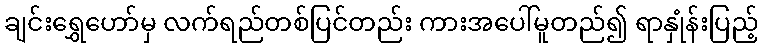
ချင်းရွှေဟော်မှ လက်ရည်တစ်ပြင်တည်း ကားအပေါ်မူတည်၍ ရာနှုံန်းပြည့်